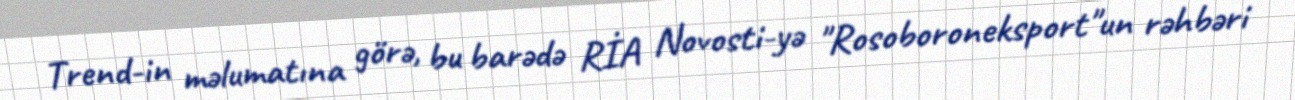
Trend-in məlumatına görə, bu barədə RİA Novosti-yə "Rosoboroneksport"un rəhbəri